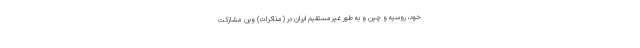
خود، روسیه و چین و به طور غیرمستقیم ایران در (مذاکرات) وین مشارکت